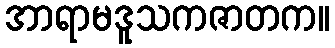
အာရာမဒူသကဇာတက။